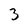
Character: 3